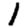
Digit: 1